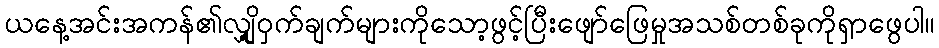
ယနေ့အင်းအကန်၏လျှို့ဝှက်ချက်များကိုသော့ဖွင့်ပြီးဖျော်ဖြေမှုအသစ်တစ်ခုကိုရှာဖွေပါ။